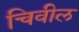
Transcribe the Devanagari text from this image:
चिवील